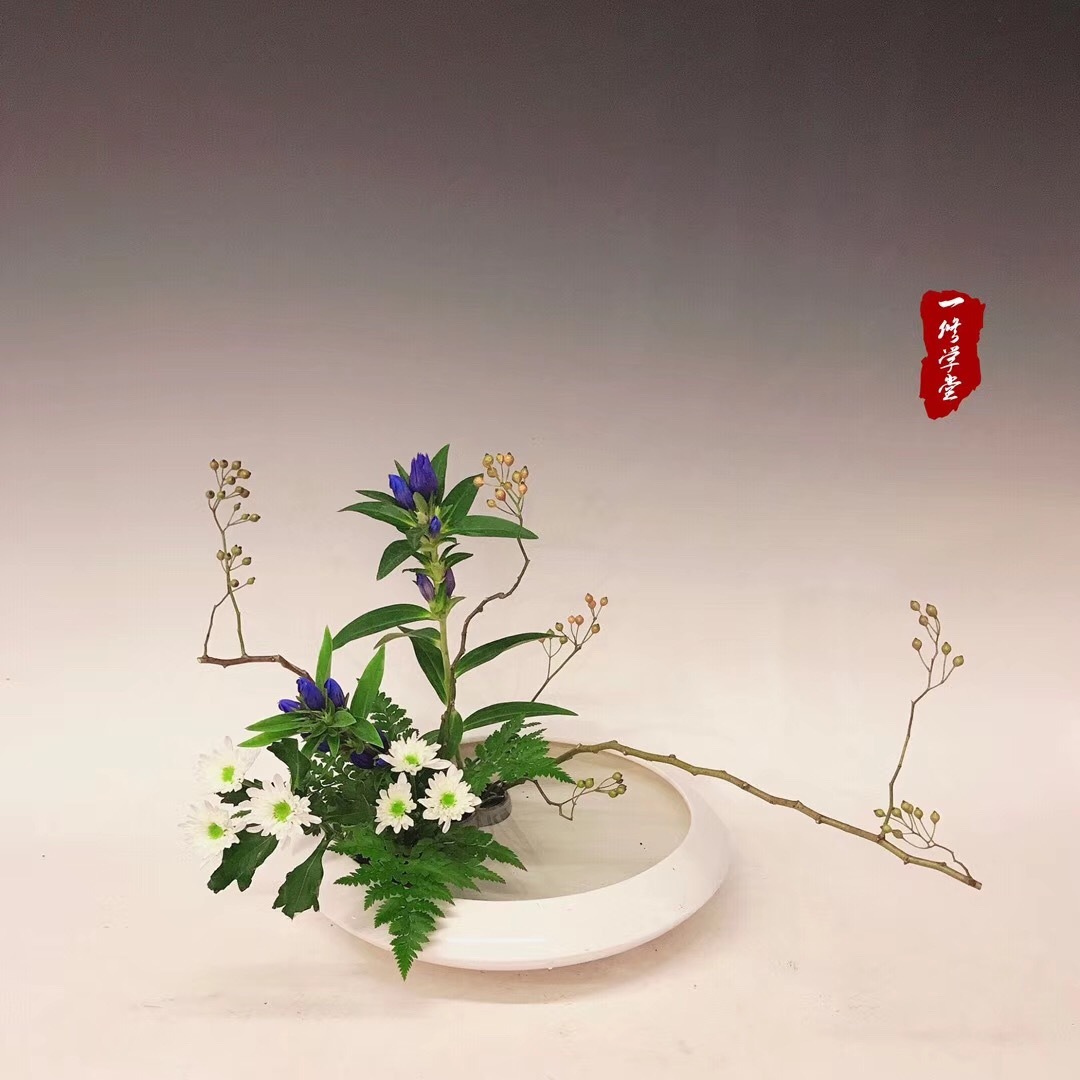
若对黄花孤负酒，怕黄花也笑人岑寂。